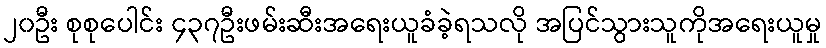
၂၀ဦး စုစုပေါင်း ၄၃၇ဦးဖမ်းဆီးအရေးယူခံခဲ့ရသလို အပြင်သွားသူကိုအရေးယူမှု